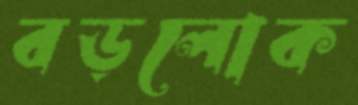
বড়লোক